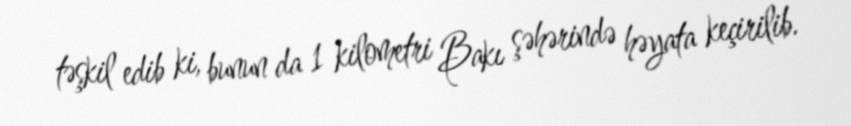
təşkil edib ki, bunun da 1 kilometri Bakı şəhərində həyata keçirilib.